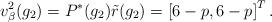
LaTeX: \begin{align*} v_\beta^2(g_2)=P^*(g_2)\tilde{r}(g_2)=\left[6-p,6-p\right]^T.\end{align*}